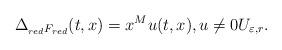
LaTeX: \begin{align*}\Delta_{_{red}F_{red}} (t,x) = x^M u(t,x), u\ne 0 U_{\varepsilon,r}.\end{align*}